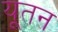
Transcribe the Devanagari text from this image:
यूतन